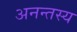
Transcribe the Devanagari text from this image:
अनन्तस्य